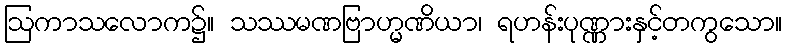
ဩကာသလောက၌။ သဿမဏဗြာဟ္မဏိယာ၊ ရဟန်းပုဏ္ဏားနှင့်တကွသော။